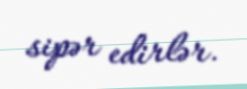
sipər edirlər.